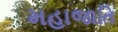
મહાજાતિ